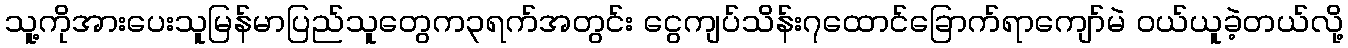
သူ့ကိုအားပေးသူမြန်မာပြည်သူတွေက၃ရက်အတွင်း ငွေကျပ်သိန်း၇ထောင်ခြောက်ရာကျော်မဲ ဝယ်ယူခဲ့တယ်လို့